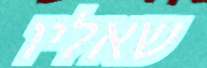
שאליו